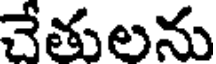
చేతులను